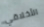
الأخلاقي